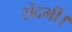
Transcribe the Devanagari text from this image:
संदर्भी।